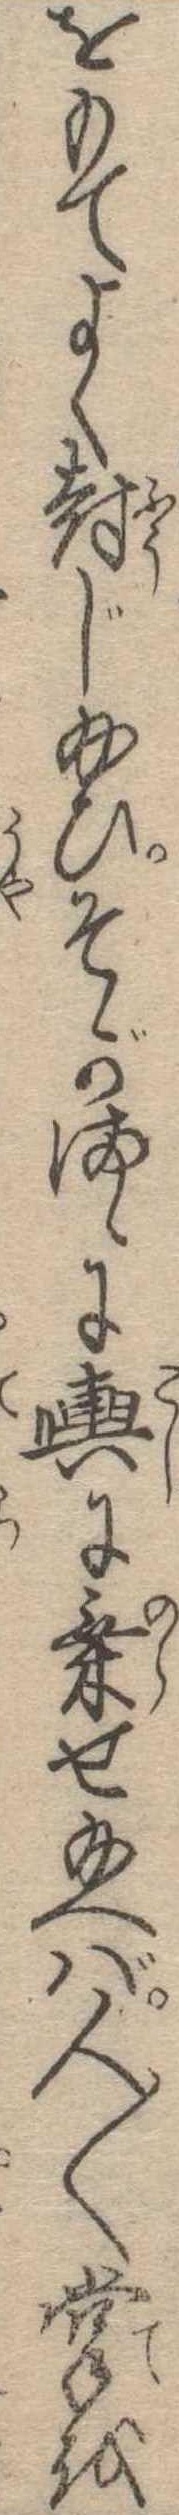
をもてよく封じ給ひそがまゝに輿に乗せ給へば人〱掌を